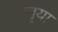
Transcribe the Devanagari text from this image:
त्तृया